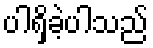
ပါရှိခဲ့ပါသည်